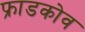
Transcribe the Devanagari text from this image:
फ्राडकोव